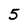
Character: 5